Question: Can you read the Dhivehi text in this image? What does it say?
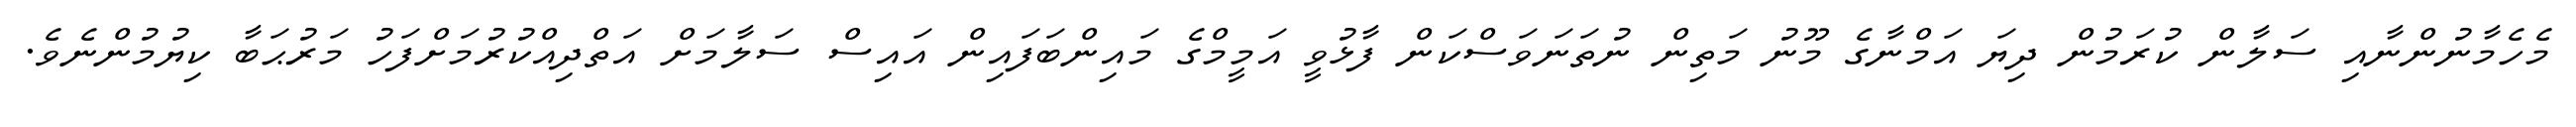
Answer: މެހެމާނުންނާއި ސަލާން ކުރަމުން ދިޔަ އަމްނާގެ މޫނު މަތިން ނުތަނަވަސްކަން ފާޅުވީ އަމީމްގެ މައިންބަފައިން އައިސް ސަލާމަށް އަތްދިއްކުރުމަށްފަހު މަރުޙަބާ ކިޔުމުންނެވެ.